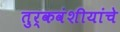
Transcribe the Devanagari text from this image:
तुर्कवंशीयांचे